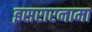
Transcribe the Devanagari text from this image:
इसरारनामा